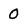
Character: 0